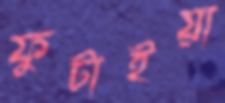
ফুটাইয়া